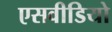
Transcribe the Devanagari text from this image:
एसवीडियो